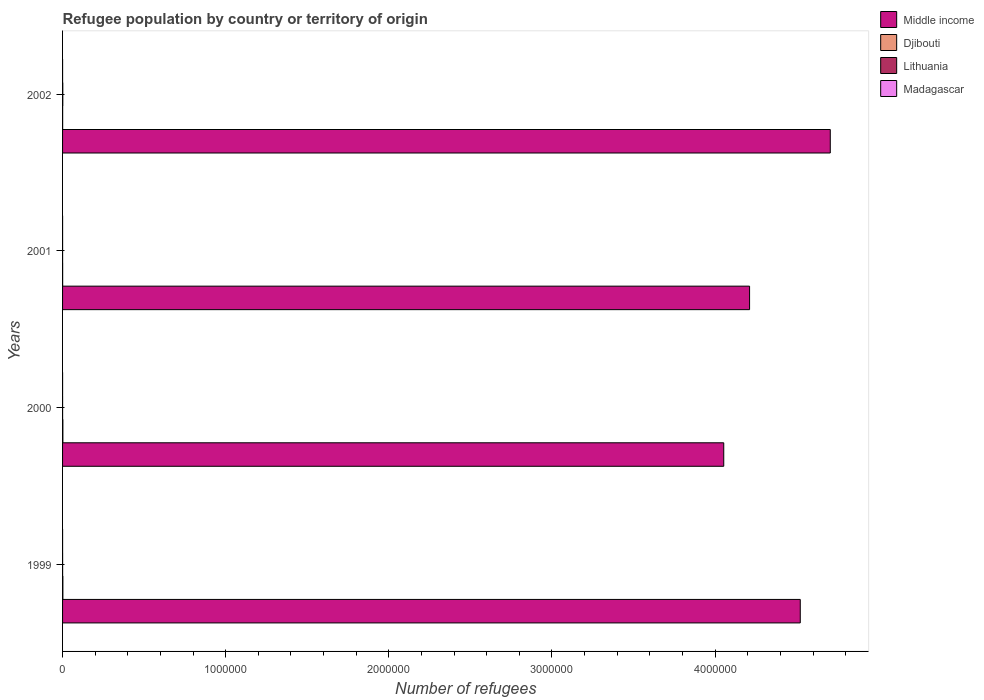
| Years | Middle income | Djibouti | Lithuania | Madagascar |
 | --- | --- | --- | --- | --- |
 | 1999 | 4.52e+06 | 1.88e+03 | 258 | 54 |
 | 2000 | 4.05e+06 | 1.91e+03 | 163 | 54 |
 | 2001 | 4.21e+06 | 452 | 216 | 40 |
 | 2002 | 4.71e+06 | 471 | 1.37e+03 | 53 |